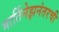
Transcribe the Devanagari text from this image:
मार्तिनेझनंतरची